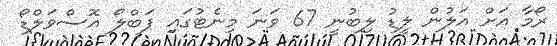
ރޯމާ އަށް އަލުން ލީޑު ލިބުނީ 67 ވަނަ މިނެޓުގައި ޕަބްލޯ އޮސްވަލްޑޯ